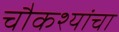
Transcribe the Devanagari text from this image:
चौकश्यांचा